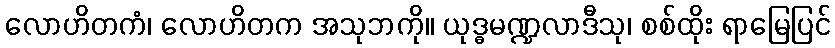
လောဟိတကံ၊ လောဟိတက အသုဘကို။ ယုဒ္ဓမဏ္ဍလာဒီသု၊ စစ်ထိုး ရာမြေပြင်